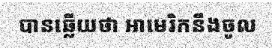
បានឆ្លើយថា អាមេរិកនឹងចូល